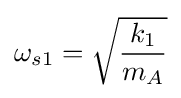
\omega _{s1}={\sqrt {\frac {k_{1}}{m_{A}}}}